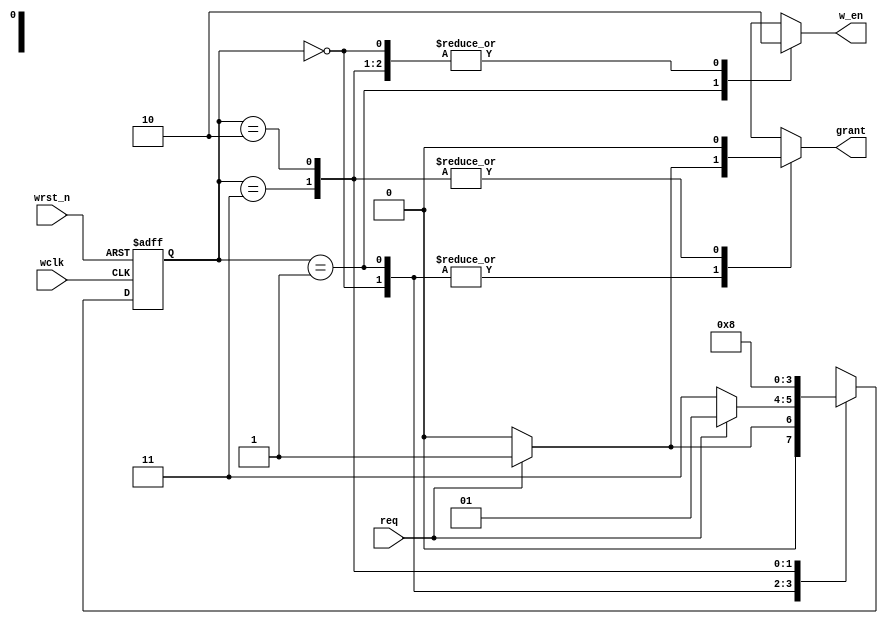
// Raj Patel

module com_fsm (output reg grant, w_en,
                input req, wclk, wrst_n);
    
    reg [1:0] state, next_state;
    parameter idle=2'b00, data=2'b01, rest_1=2'b11, rest_2=2'b10;

    always @(posedge wclk, negedge wrst_n)
        if (!wrst_n)    state <= idle;
        else            state <= next_state;

    always @(*) begin
        next_state = 2'bxx;
        grant=1'b0;
        w_en=1'b0;
        case(state)
            idle: if(req)   begin grant=1'b1;            next_state=data; end
                    else    begin                        next_state=idle; end 

            data: if(req)   begin grant=1'b1; w_en=1'b1; next_state=data; end
                    else    begin grant=1'b0; w_en=1'b1; next_state=rest_1; end

            rest_1: next_state=rest_2;
            rest_2: next_state=idle;
        endcase
    end


endmodule